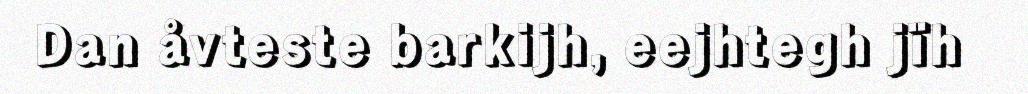
Dan åvteste barkijh, eejhtegh jïh